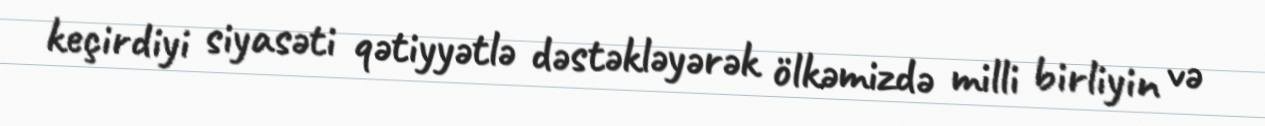
keçirdiyi siyasəti qətiyyətlə dəstəkləyərək ölkəmizdə milli birliyin və